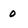
Character: 0